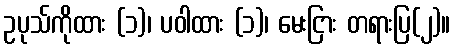
ဥပုသ်ကိုထား (၁)၊ ပဝါထား (၁)၊ မေးငြား တရားပြ(၂)။